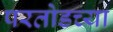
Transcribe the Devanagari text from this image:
परतोडच्या